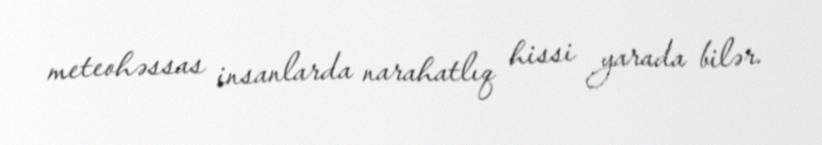
meteohəssas insanlarda narahatlıq hissi yarada bilər.